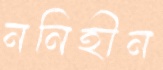
ননিহীন